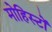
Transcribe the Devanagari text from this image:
मोहिस्टों